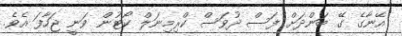
އޭނާގެ ގޭ ބަންދަށް ފަސް ދުވަސް ކްރިމިނަލް ކޯޓުން ވަނީ ޖަހާފަ އެވެ.